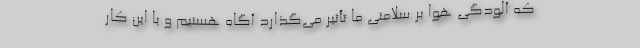
که آلودگی هوا بر سلامتی ما تأثیر می‌گذارد آگاه هستیم و با این کار